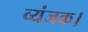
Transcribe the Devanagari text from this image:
व्यंजक।